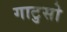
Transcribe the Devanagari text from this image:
गाटुसो